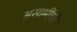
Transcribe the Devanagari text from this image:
असामींची